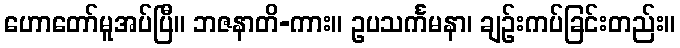
ဟောတော်မူအပ်ပြီ။ ဘဇနာတိ-ကား။ ဥပသင်္ကမနာ၊ ချဉ်းကပ်ခြင်းတည်း။